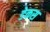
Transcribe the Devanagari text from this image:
डेकस